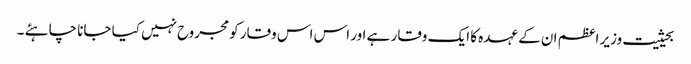
بحیثیت وزیر اعظم ان کے عہدہ کا ایک وقار ہے اور اس اس وقار کو مجروح نہیں کیا جانا چاہئے ۔